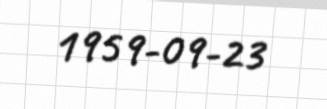
1959-09-23